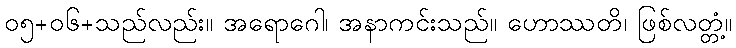
၀၅+၀၆+သည်လည်း။ အရောဂေါ၊ အနာကင်းသည်။ ဟောဿတိ၊ ဖြစ်လတ္တံ့။